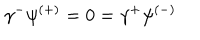
\gamma ^ { - } \psi ^ { ( + ) } = 0 = \gamma ^ { + } \psi ^ { ( - ) }